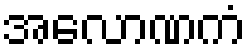
အလောဏကံ